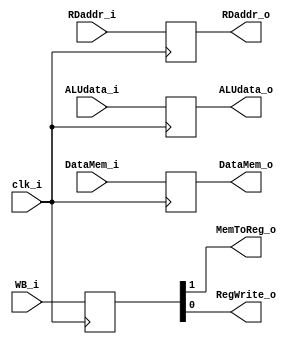
module MEM_WB
(
	clk_i,
	WB_i,
	RDaddr_i,
	ALUdata_i,
	DataMem_i,
	MemToReg_o,
	RegWrite_o,
	RDaddr_o,
	ALUdata_o,
	DataMem_o
);

input			clk_i;
input	[1:0]	WB_i;
input	[4:0]	RDaddr_i;
input	[31:0]	ALUdata_i,DataMem_i;
output			MemToReg_o,RegWrite_o;
output	[4:0]	RDaddr_o;
output	[31:0]	ALUdata_o,DataMem_o;

reg		[1:0]	wb;
reg		[4:0]	RDaddr;
reg		[31:0]	ALUdata,DataMem;

assign	RegWrite_o=wb[0];
assign	MemToReg_o=wb[1];
assign	RDaddr_o=RDaddr;
assign	ALUdata_o=ALUdata;
assign	DataMem_o=DataMem;

always@(posedge clk_i)begin
	wb <= WB_i;
	RDaddr <= RDaddr_i;
	ALUdata <= ALUdata_i;
	DataMem <= DataMem_i;
end

endmodule